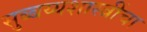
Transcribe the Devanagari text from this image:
सुब्बय्यशास्त्रींचा